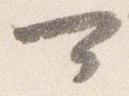
可